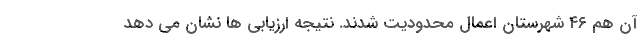
آن هم ۴۶ شهرستان اعمال محدودیت شدند. نتیجه ارزیابی ها نشان می دهد